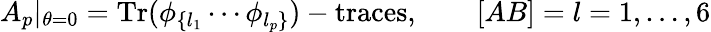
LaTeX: A_{p}|_{\theta=0}={\mathrm{Tr}}(\phi_{\{ l_{1}}\cdots\phi_{l_{p}\} })-{\mathrm{traces}},\qquad[AB]=l=1,\dots,6